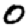
Digit: 0